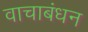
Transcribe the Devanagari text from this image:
वाचाबंधन